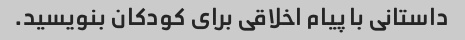
داستانی با پیام اخلاقی برای کودکان بنویسید.